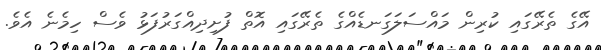
އޭގެ ތެރޭގައި ކުރިން މައްސަލަގަނޑެއްގެ ތެރޭގައި އޮތް ފުށިދިއްގަރުފަޅު ވެސް ހިމެނެ އެވެ.